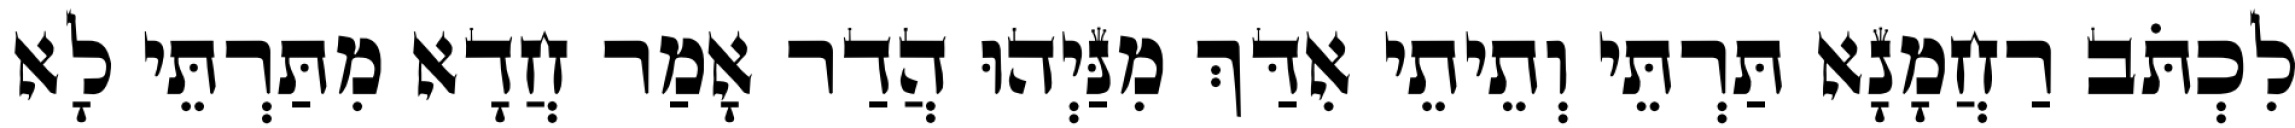
לִכְתֹּב רַחֲמָנָא תַּרְתֵּי וְתֵיתֵי אִדַּךְ מִנַּיְהוּ הֲדַר אָמַר חֲדָא מִתַּרְתֵּי לָא